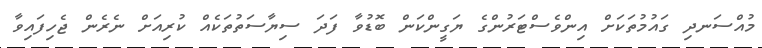
މުއްސަނދި ގައުމުތަކަށް އިންވެސްޓަރުންގެ ޔަގީންކަން ބޮޑުވާ ފަދަ ސިޔާސަތުތަކެއް ކުރިއަށް ނެރެން ޖެހިފައިވާ